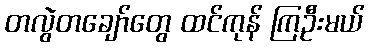
တလွဲတချော်တွေ ထင်ကုန် ကြဦးမယ်